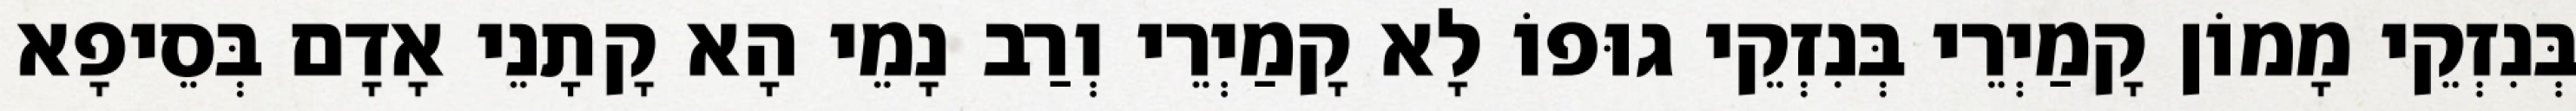
בְּנִזְקֵי מָמוֹן קָמַיְרֵי בְּנִזְקֵי גוּפוֹ לָא קָמַיְרֵי וְרַב נָמֵי הָא קָתָנֵי אָדָם בְּסֵיפָא